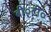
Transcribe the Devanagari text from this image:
बी०टी०